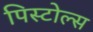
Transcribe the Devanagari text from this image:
पिस्टोल्स